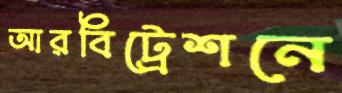
আরবিট্রেশনে